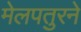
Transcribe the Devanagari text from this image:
मेलपतुरने